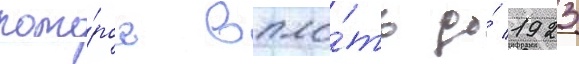
кото́рое впло́ть до́ 1923